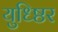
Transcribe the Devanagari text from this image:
युध्ष्ठिर